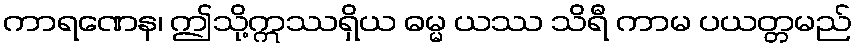
ကာရဏေန၊ ဤသို့ဣဿရှိယ ဓမ္မ ယဿ သိရီ ကာမ ပယတ္တမည်